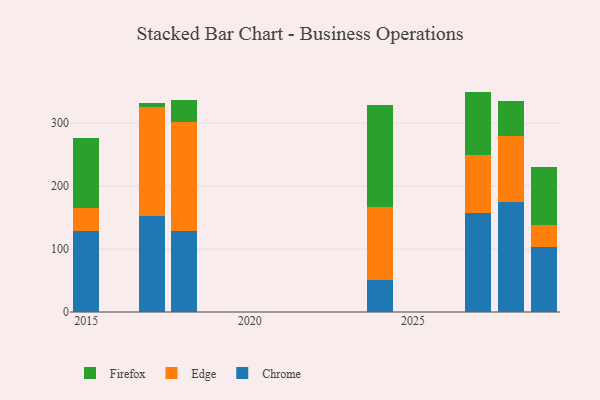
{"axis": {"x": "Year", "y": "Bounce Rate (%)"}, "legend": ["Chrome", "Edge", "Firefox"], "data": [{"x": "2024", "y": 51.2, "type": "Chrome"}, {"x": "2024", "y": 115.5, "type": "Edge"}, {"x": "2024", "y": 162.4, "type": "Firefox"}, {"x": "2027", "y": 157.3, "type": "Chrome"}, {"x": "2027", "y": 91.5, "type": "Edge"}, {"x": "2027", "y": 101.3, "type": "Firefox"}, {"x": "2028", "y": 174.8, "type": "Chrome"}, {"x": "2028", "y": 105.3, "type": "Edge"}, {"x": "2028", "y": 54.6, "type": "Firefox"}, {"x": "2029", "y": 102.8, "type": "Chrome"}, {"x": "2029", "y": 35.1, "type": "Edge"}, {"x": "2029", "y": 92.2, "type": "Firefox"}, {"x": "2015", "y": 127.9, "type": "Chrome"}, {"x": "2015", "y": 37.2, "type": "Edge"}, {"x": "2015", "y": 111.0, "type": "Firefox"}, {"x": "2018", "y": 128.6, "type": "Chrome"}, {"x": "2018", "y": 173.1, "type": "Edge"}, {"x": "2018", "y": 34.6, "type": "Firefox"}, {"x": "2017", "y": 152.9, "type": "Chrome"}, {"x": "2017", "y": 172.7, "type": "Edge"}, {"x": "2017", "y": 6.0, "type": "Firefox"}]}